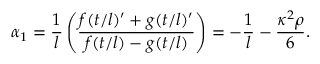
\alpha _ { 1 } = \frac { 1 } { l } \left( \frac { f ( t / l ) ^ { \prime } + g ( t / l ) ^ { \prime } } { f ( t / l ) - g ( t / l ) } \right) = - \frac { 1 } { l } - \frac { \kappa ^ { 2 } \rho } { 6 } .